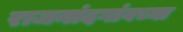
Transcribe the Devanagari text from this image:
राजनांदगांवच्या